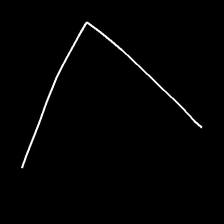
Glyph: region